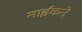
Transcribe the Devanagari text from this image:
नाईकने